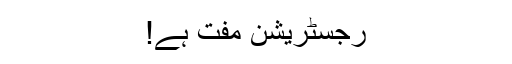
رجسٹریشن مفت ہے!